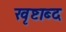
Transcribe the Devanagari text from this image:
खृष्टाब्द